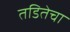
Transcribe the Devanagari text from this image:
तडितेचा